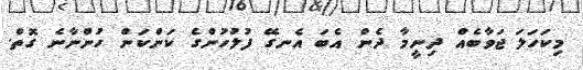
މިކަހަލަ ޖަވާބެއް ދިނީމާ ދެން އެބަ އެނގޭ ފުލުހުންގެ ކަންކަން ހުންނާނެ ގޮތް.